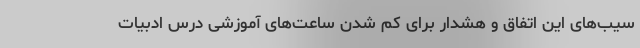
سیب‌های این اتفاق و هشدار برای کم شدن ساعت‌های آموزشی درس ادبیات